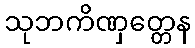
သုဘကိဏှတ္တေန